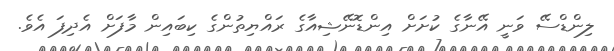
ލިންޑްސޭ ވަނީ އޭނާގެ ކުށަށް އިންޑޮނޭޝިއާގެ ރައްޔިތުންގެ ކިބައިން މާފަށް އެދިފަ އެވެ.